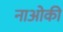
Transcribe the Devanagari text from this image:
नाओकी